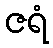
ဇရံ